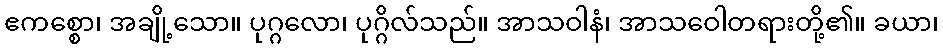
ဧကစ္စော၊ အချို့သော။ ပုဂ္ဂလော၊ ပုဂ္ဂိလ်သည်။ အာသဝါနံ၊ အာသဝေါတရားတို့၏။ ခယာ၊